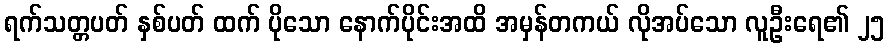
ရက်သတ္တပတ် နှစ်ပတ် ထက် ပိုသော နောက်ပိုင်းအထိ အမှန်တကယ် လိုအပ်သော လူဦးရေ၏ ၂၅